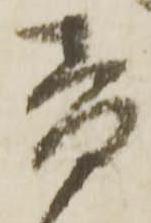
音